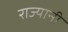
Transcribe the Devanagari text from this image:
राज्यानी